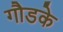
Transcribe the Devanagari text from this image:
गौडके